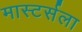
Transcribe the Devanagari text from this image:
मास्टर्सला